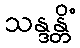
သန္ဒန္တိံ